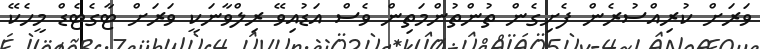
ވަރަށް ކުރިއްސުރެން ފެށިގެން ތުންތުންމަތިން ވެސް އަޑުއިވޭ ރިލްވާނަކީ ވަރަށް ޓާގެޓެޑް މީހެކޭ